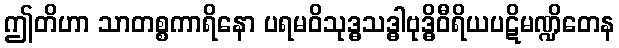
ဤတိဟာ သာတစ္စကာရိနော ပရမဝိသုဒ္ဓသဒ္ဓါဗုဒ္ဓိဝီရိယပဋိမဏ္ဍိတေန